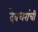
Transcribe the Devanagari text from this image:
देवधरांची